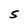
Character: S